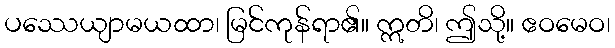
ပဿေယျာမယထာ၊ မြင်ကုန်ရာ၏။ ဣတိ၊ ဤသို့။ ဧဝမေဝ၊